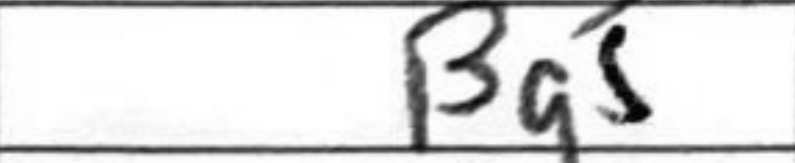
Transcription: Bg5